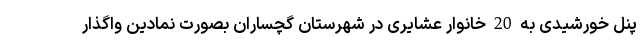
پنل خورشیدی به 20 خانوار عشایری در شهرستان گچساران بصورت نمادین واگذار